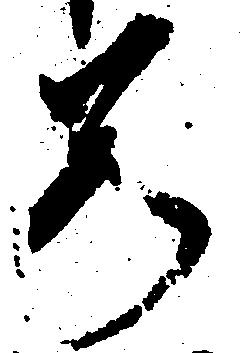
若